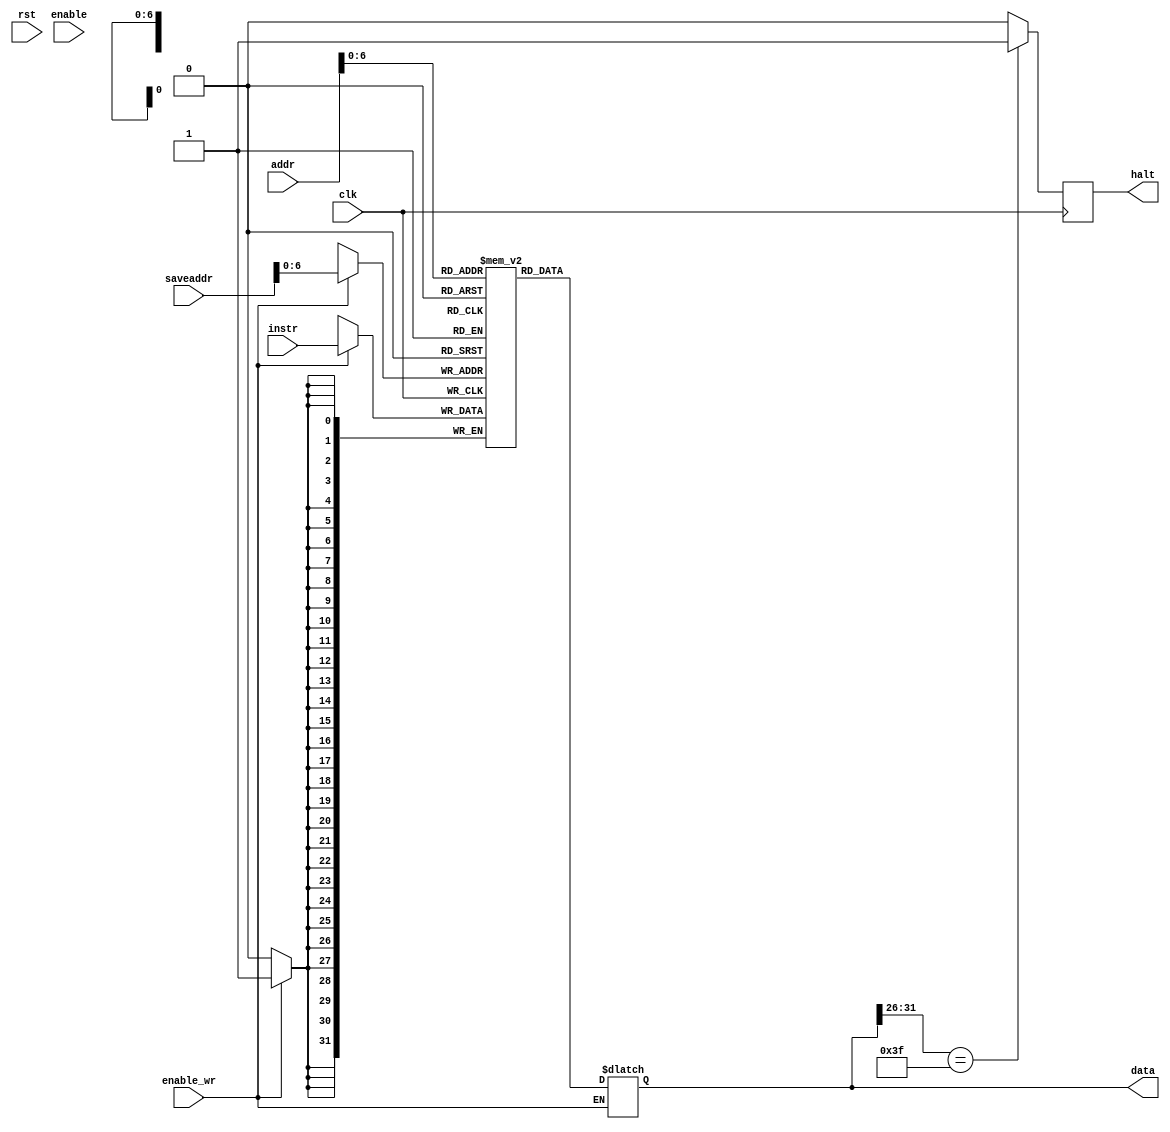
`timescale 1ns / 1ps

////////////////////////////////////////////////////////////////////////////////
// Company:       Universidad Nacional de Cordoba
//                Nicolas Quinteros Castilla
//
// Module Name:   INSTR_MEM
// Project Name:  MIPS 
// Description:   MIPS Instruction Memory implementation in verilog.
//
// Dependencies:  None
//
////////////////////////////////////////////////////////////////////////////////

module INSTR_MEM(input clk,
                 input rst,
                 input enable,
                 input enable_wr,
                 input [31:0] addr,
                 input [31:0] saveaddr,
                 input [31:0] instr,
                 output reg [31:0] data,
                 output reg halt);
                 
   // Declare the memory block.
	reg [31:0] MEM [127:0];
	
	// Initialize memory.
	//initial begin
		/* SET 1 - Using NOPs to mitigate data hazards. 
		MEM[0]  <= 32'b100011_00000_00001_0000_0000_0000_0001;  // LW r1 , 1(r0)
		MEM[1]  <= 32'b100011_00000_00010_0000_0000_0000_0010;  // LW r2 , 2(r0)
		MEM[2]  <= 32'b100011_00000_00011_0000_0000_0000_0011;  // LW r3 , 3(r0)
		MEM[3]  <= 32'b1000_0000_0000_0000_0000_0000_0000_0000; // NOP
		MEM[4]  <= 32'b1000_0000_0000_0000_0000_0000_0000_0000; // NOP
		MEM[5]  <= 32'b000000_00001_00010_00001_00000_100000;   // ADD r1, r1, r2
		MEM[6]  <= 32'b1000_0000_0000_0000_0000_0000_0000_0000; // NOP
		MEM[7]  <= 32'b1000_0000_0000_0000_0000_0000_0000_0000; // NOP:
		MEM[8]  <= 32'b1000_0000_0000_0000_0000_0000_0000_0000; // NOP		
		MEM[9]  <= 32'b000000_00001_00011_00001_00000_100000;   // ADD r1, r1, r3		
		MEM[10] <= 32'b1000_0000_0000_0000_0000_0000_0000_0000; // NOP
		MEM[11] <= 32'b1000_0000_0000_0000_0000_0000_0000_0000; // NOP
		MEM[12] <= 32'b1000_0000_0000_0000_0000_0000_0000_0000; // NOP			
		MEM[13] <= 32'b000000_00001_00001_00001_00000_100000;   // ADD r1, r1, r1		
		MEM[14] <= 32'b1000_0000_0000_0000_0000_0000_0000_0000; // NOP
		MEM[15] <= 32'b1000_0000_0000_0000_0000_0000_0000_0000; // NOP
		MEM[16] <= 32'b1000_0000_0000_0000_0000_0000_0000_0000; // NOP
		MEM[17] <= 32'b1000_0000_0000_0000_0000_0000_0000_0000; // NOP		
		MEM[18] <= 32'b000000_00001_00000_00001_00000_100000;   // ADD r1, r1, r0		
		MEM[19] <= 32'b1000_0000_0000_0000_0000_0000_0000_0000; // NOP
		MEM[20] <= 32'b1000_0000_0000_0000_0000_0000_0000_0000; // NOP
		MEM[21] <= 32'b1000_0000_0000_0000_0000_0000_0000_0000; // NOP
		MEM[22] <= 32'b1000_0000_0000_0000_0000_0000_0000_0000; // NOP
		MEM[23] <= 32'b1000_0000_0000_0000_0000_0000_0000_0000; // NOP
		*/
		/* SET 2 - Using ordering of instructions to mitigate data hazards. 
		MEM[0]  <= 32'b100011_00000_00001_0000_0000_0000_0001;  // LW r1, 1(r0)
		MEM[1]  <= 32'b100011_00000_00010_0000_0000_0000_0010;  // LW r2, 2(r0)
		MEM[2]  <= 32'b100011_00000_00011_0000_0000_0000_0011;  // LW r3, 3(r0)
		MEM[3]  <= 32'b100011_00000_00100_0000_0000_0000_0100;  // LW r4, 4(r0)
		MEM[4]  <= 32'b100011_00000_00101_0000_0000_0000_0101;  // LW r5, 5(r0)
		MEM[5]  <= 32'b101011_00000_00001_0000_0000_0000_0110;  // SW r1, 6(r0)
		MEM[6]  <= 32'b101011_00000_00010_0000_0000_0000_0111;  // SW r2, 7(r0)
		MEM[7]  <= 32'b101011_00000_00011_0000_0000_0000_1000;  // SW r3, 8(r0)
		MEM[8]  <= 32'b101011_00000_00100_0000_0000_0000_1001;  // SW r4, 9(r0)
		MEM[9]  <= 32'b101011_00000_00101_0000_0000_0000_1010;  // SW r5, 10(r0)
		*/
		/* SET 3 - Using forwarding to mitigate data hazards. */
//		MEM[0] <= 32'b1000_0000_0000_0000_0000_0000_0000_0000; // NOP
//		MEM[1]  <= 32'b001000_00001_00001_0000000000000001;   // ADD r1, r1, 1
//		MEM[2]  <= 32'b001000_00010_00010_0000000000000010;   // ADD r2, r2, 2
		
		//$readmemb("memfile.mem", MEM);
		
	//end

   // Assign the contents at the requested memory address to data.
    always @ *
    begin
        if (!enable_wr)
        begin
            data = MEM[addr];
        end
	end
	
	always @(posedge clk)
	begin
	   if (enable_wr)
	   begin
	       MEM[saveaddr] <= instr;
	   end
	end
	
	always @(negedge clk)
	begin
	   if (data[31:26] == 6'b111111 ) //Check if instruction is HALT
	   begin
	       halt = 1'b1;
	   end
	   else
	   begin
	       halt = 1'b0;
	   end
	end
endmodule